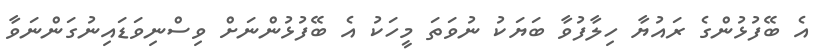
އެ ބޭފުޅުންގެ ރައުޔާ ހިލާފުވާ ބަޔަކު ނުވަތަ މީހަކު އެ ބޭފުޅުންނަށް ވިސްނިވަޑައިނުގަންނަވާ